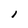
Character: I